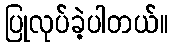
ပြုလုပ်ခဲ့ပါတယ်။